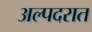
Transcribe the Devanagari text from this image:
अल्पदरात